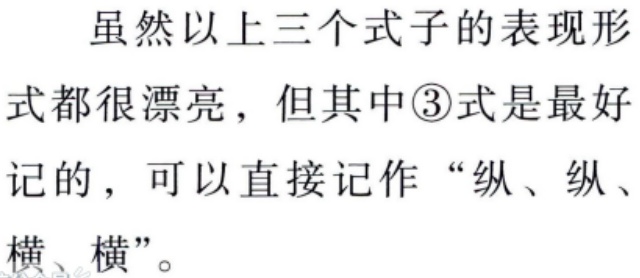
虽然以上三个式子的表现形式都很漂亮，但其中\textcircled{3}式是最好记的，可以直接记作“纵、纵、横、横”。